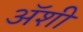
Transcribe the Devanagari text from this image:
अॅशी